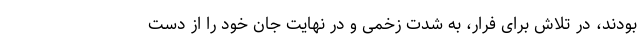
بودند، در تلاش برای فرار، به شدت زخمی و در نهایت جان خود را از دست